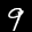
Label: 9